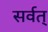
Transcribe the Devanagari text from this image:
सर्वत्